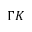
\Gamma K